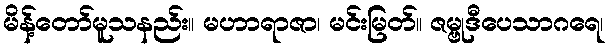
မိန့်တော်မူသနည်း။ မဟာရာဇာ၊ မင်းမြတ်။ ဇမ္ဗုဒီပေသာဂရေ၊